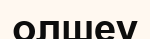
олшеу